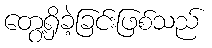
တွေ့ရှိခဲ့ခြင်းဖြစ်သည်